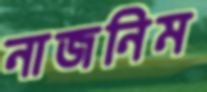
নাজনিম